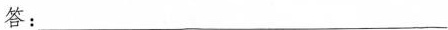
答：___